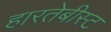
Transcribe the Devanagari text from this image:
हारतेबीस्ट